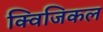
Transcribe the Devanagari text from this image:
क्विजिकल